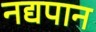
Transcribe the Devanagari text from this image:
नद्यपान